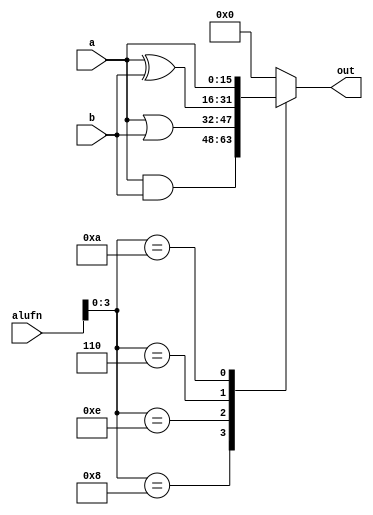
/*
   This file was generated automatically by the Mojo IDE version B1.3.6.
   Do not edit this file directly. Instead edit the original Lucid source.
   This is a temporary file and any changes made to it will be destroyed.
*/

module boolean16_10 (
    input [5:0] alufn,
    input [15:0] a,
    input [15:0] b,
    output reg [15:0] out
  );
  
  
  
  always @* begin
    
    case (alufn[0+3-:4])
      4'h8: begin
        out = a & b;
      end
      4'he: begin
        out = a | b;
      end
      4'h6: begin
        out = a ^ b;
      end
      4'ha: begin
        out = a;
      end
      default: begin
        out = 16'h0000;
      end
    endcase
  end
endmodule